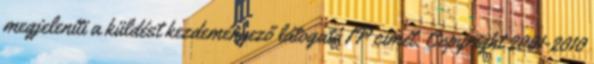
megjeleníti a küldést kezdeményező látogató IP címét. Copyright 2001-2010